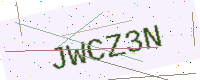
Text: JWCZ3N